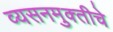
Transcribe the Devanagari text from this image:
व्यसनमुक्‍तीचे